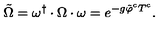
\tilde { \Omega } = \omega ^ { \dagger } \cdot \Omega \cdot \omega = e ^ { - g \tilde { \varphi } ^ { c } T ^ { c } } .